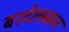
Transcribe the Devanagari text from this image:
बरटेल्स्मन